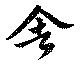
舎